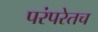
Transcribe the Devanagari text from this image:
परंपरेतच